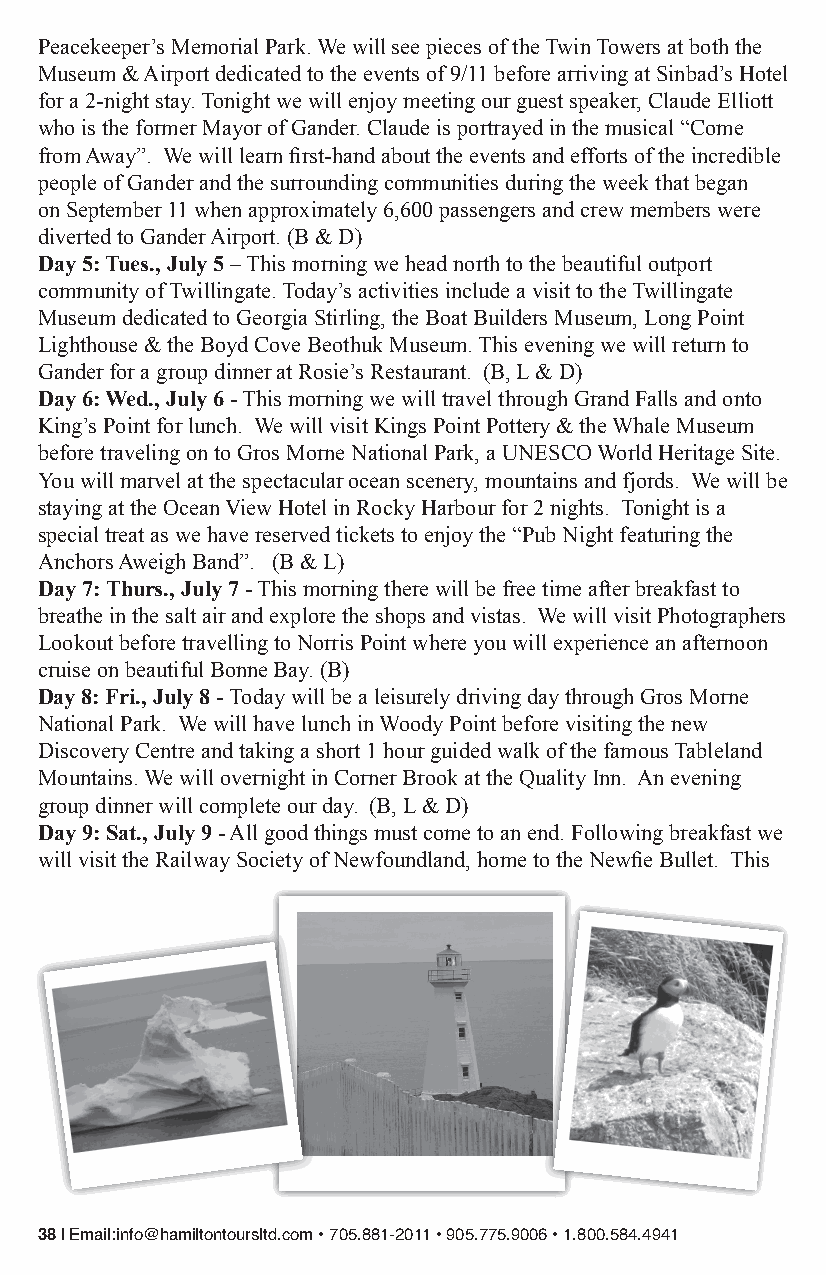
Peacekeeper’s Memorial Park. We will see pieces of the Twin Towers at both the
 Museum & Airport dedicated to the events of 9/11 before arriving at Sinbad’s Hotel
 for a 2-night stay. Tonight we will enjoy meeting our guest speaker, Claude Elliott
 who is the former Mayor of Gander. Claude is portrayed in the musical “Come
 from Away”. We will learn first-hand about the events and efforts of the incredible
 people of Gander and the surrounding communities during the week that began
 on September 11 when approximately 6,600 passengers and crew members were
 diverted to Gander Airport. (B & D)
 Day 5: Tues., July 5 – This morning we head north to the beautiful outport
 community of Twillingate. Today’s activities include a visit to the Twillingate
 Museum dedicated to Georgia Stirling, the Boat Builders Museum, Long Point
 Lighthouse & the Boyd Cove Beothuk Museum. This evening we will return to
 Gander for a group dinner at Rosie’s Restaurant. (B, L & D)
 Day 6: Wed., July 6 - This morning we will travel through Grand Falls and onto
 King’s Point for lunch. We will visit Kings Point Pottery & the Whale Museum
 before traveling on to Gros Morne National Park, a UNESCO World Heritage Site.
 You will marvel at the spectacular ocean scenery, mountains and fjords. We will be
 staying at the Ocean View Hotel in Rocky Harbour for 2 nights. Tonight is a
 special treat as we have reserved tickets to enjoy the “Pub Night featuring the
 Anchors Aweigh Band”. (B & L)
 Day 7: Thurs., July 7 - This morning there will be free time after breakfast to
 breathe in the salt air and explore the shops and vistas. We will visit Photographers
 Lookout before travelling to Norris Point where you will experience an afternoon
 cruise on beautiful Bonne Bay. (B)
 Day 8: Fri., July 8 - Today will be a leisurely driving day through Gros Morne
 National Park. We will have lunch in Woody Point before visiting the new
 Discovery Centre and taking a short 1 hour guided walk of the famous Tableland
 Mountains. We will overnight in Corner Brook at the Quality Inn. An evening
 group dinner will complete our day. (B, L & D)
 Day 9: Sat., July 9 - All good things must come to an end. Following breakfast we
 will visit the Railway Society of Newfoundland, home to the Newfie Bullet. This
 38 | Email:info@hamiltontoursltd.com • 705.881-2011 • 905.775.9006 • 1.800.584.4941